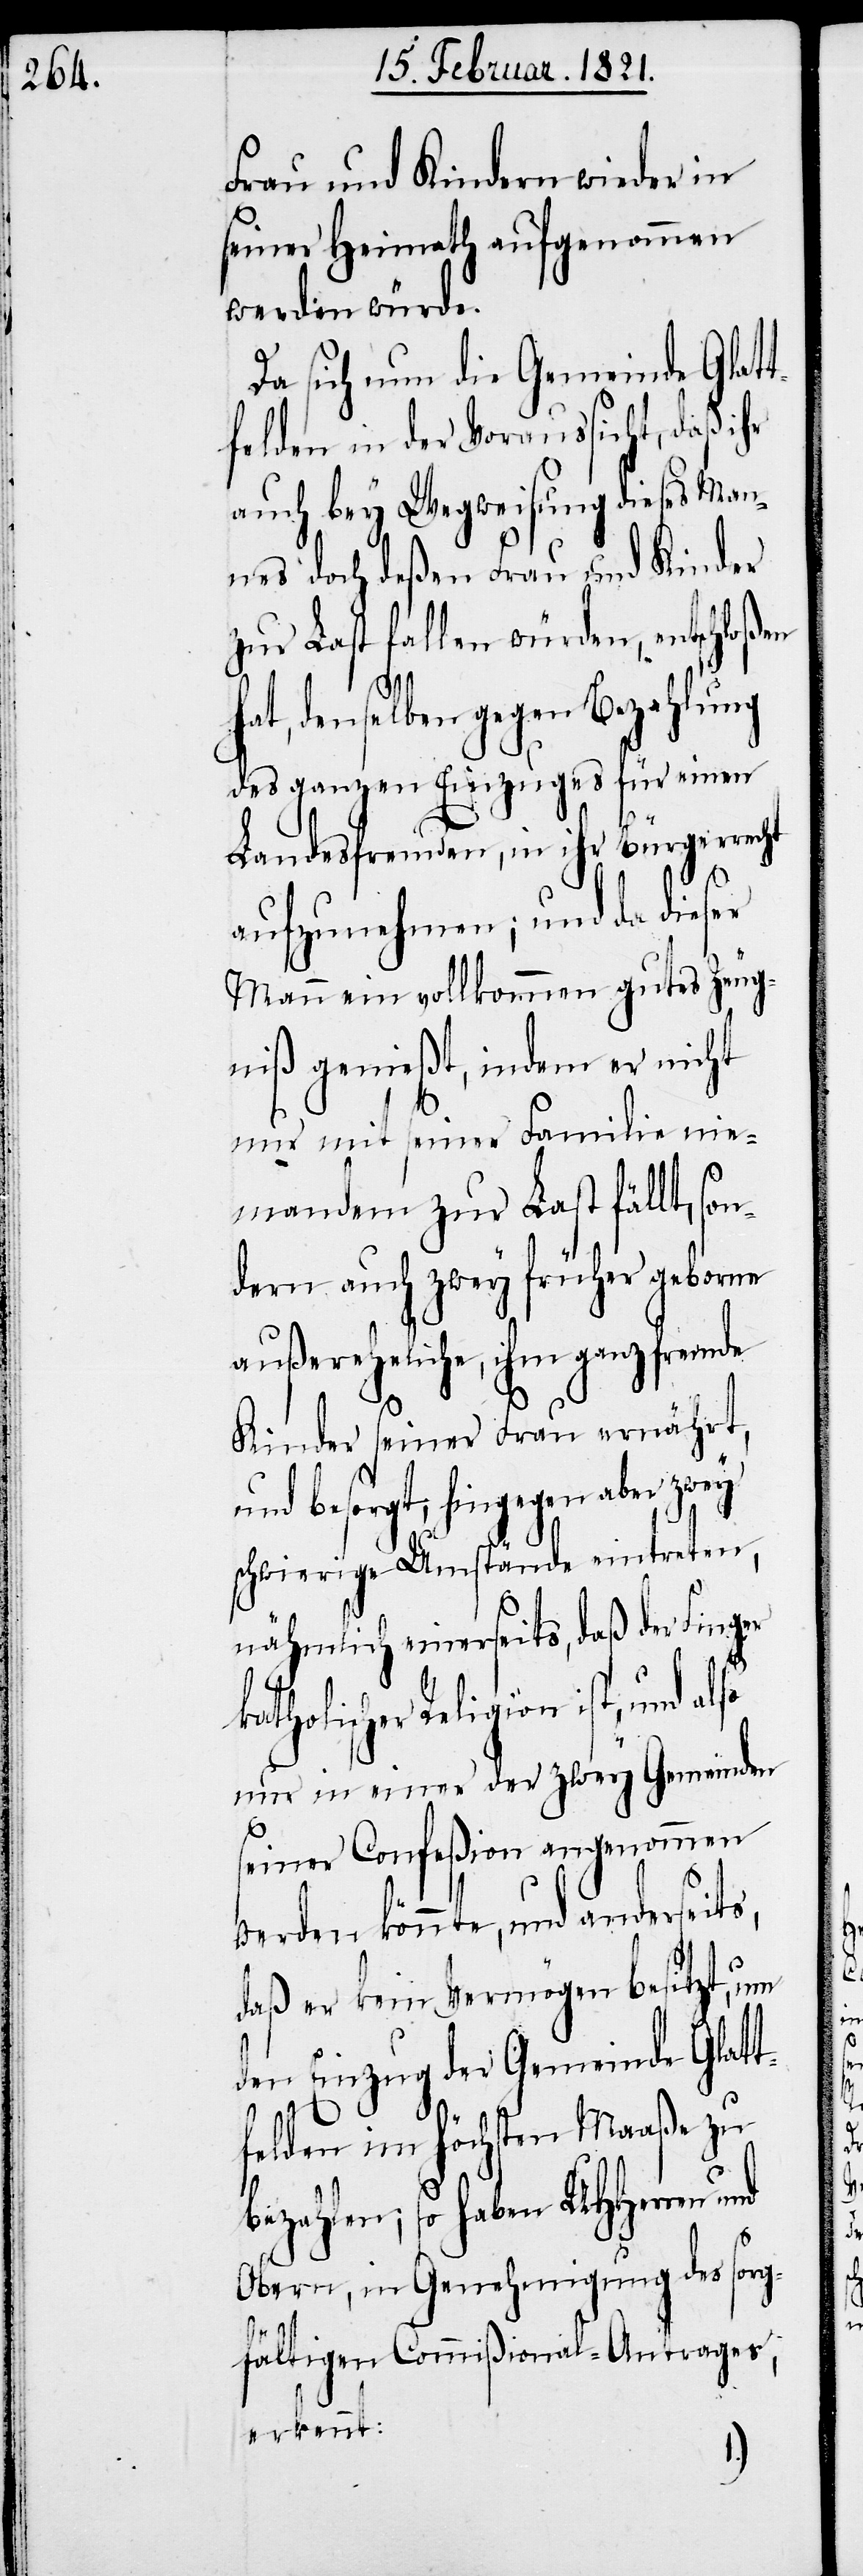
Frau und Kindern wieder in
seiner Heimath aufgenommen
werden würde.
Da sich die Gemeinde Glatt¬
felden in der Voraussicht, daß i¬
auch bey Wegweisung dieses Man¬
nes doch deßen Frau und Kinder
zur Last fallen würden, entschloßen
hat, denselben gegen Bezahlung
des ganzen Einzuges für einen
Landesfremden, in ihr Bürgerrecht
aufzunehmen; und da dieser
Mann ein vollkommen gutes Zeug¬
niß genießt, indem er nicht
nur mit seiner Familie nie¬
mandem zur Last fällt, son¬
dern auch zwey früher geborne
außereheliche, ihm ganz fremde
Kinder seiner Frau ernährt,
und besorgt, hingegen aber zwey
schwierige Umstände eintreten,
nähmlich einerseits, daß der Finger
katholischer Religion ist,
nur in einer der zwey Gemeinden
seiner Confeßion angenommen
werden könnte, und anderseits,
daß er kein Vermögen besitzt, um
den Einzug der Gemeinde Glatt¬
felden im höchsten Maaße zu
bezahlen; so haben UHHerren und
Obern, in Genehmigung des sorg¬
hr
fältigen Commißional-Antrages,
erkennt: